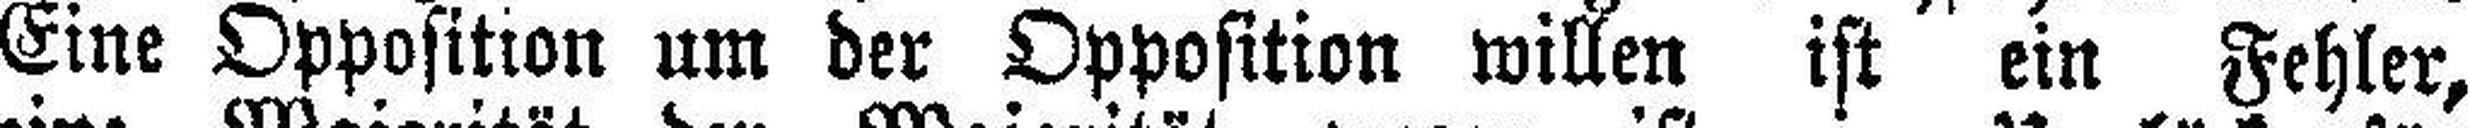
Eine Opposition um der Opposition willen ist ein Fehler,